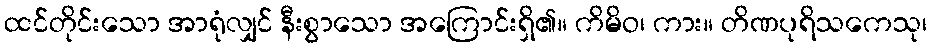
ထင်တိုင်းသော အာရုံလျှင် နီးစွာသော အကြောင်းရှိ၏။ ကိမိဝ၊ ကား။ တိဏပုရိသကေသု၊